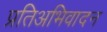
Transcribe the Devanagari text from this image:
प्रतिअभिवादन